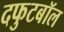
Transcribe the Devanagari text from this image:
दफुटबॉल